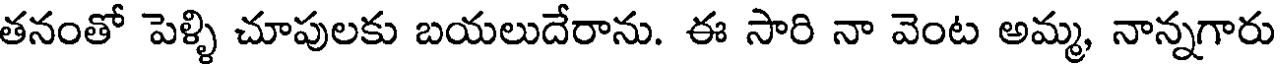
తనంతో పెళ్ళి చూపులకు బయలుదేరాను. ఈ సారి నా వెంట అమ్మ, నాన్నగారు